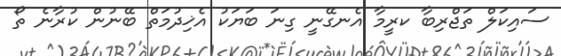
ސައިކަލް ތަޖްރިބާ ކރީމާ އެނގޭނީ ގިނަ ބަޔަކު އެޚިދުމަތް ބޭނުން ކުރާނެ ތޯ